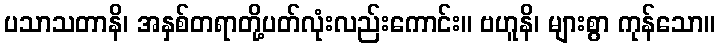
ပသာသတာနိ၊ အနှစ်တရာတို့ပတ်လုံးလည်းကောင်း။ ဗဟူနိ၊ များစွာ ကုန်သော။